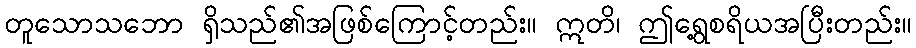
တူသောသဘော ရှိသည်၏အဖြစ်ကြောင့်တည်း။ ဣတိ၊ ဤရွေ့စရိယအပြီးတည်း။